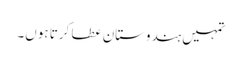
تمہیں ہندوستان عطا کرتا ہوں۔